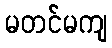
မတင်မကျ